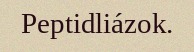
Peptidliázok.